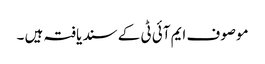
موصوف ایم آئی ٹی کے سند یافتہ ہیں ۔